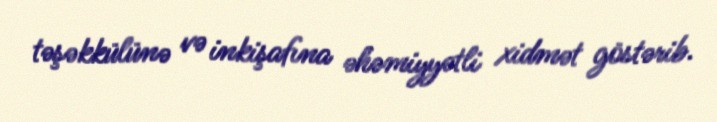
təşəkkülünə və inkişafına əhəmiyyətli xidmət göstərib.